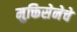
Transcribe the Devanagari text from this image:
मुक्तिसेनेचे